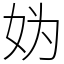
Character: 妫